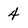
Character: 4